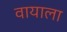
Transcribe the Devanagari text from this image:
वायाला